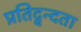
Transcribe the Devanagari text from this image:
प्रतिद्वन्दता